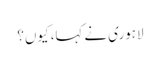
لاہوری نے کہا، کیوں؟